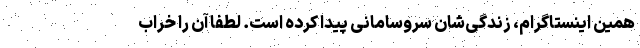
همین اینستاگرام، زندگی‌شان سروسامانی پیدا کرده است. لطفا آن را خراب